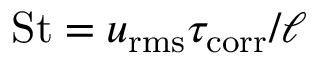
\mathrm { S t } = u _ { \mathrm { r m s } } \tau _ { \mathrm { c o r r } } / \ell